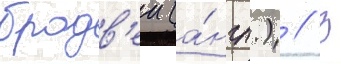
бродв'еи (а́нгл.) // В